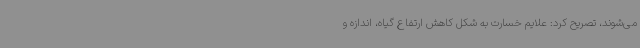
می‌شوند، تصریح کرد: علایم خسارت به شکل کاهش ارتفاع گیاه، اندازه و